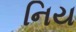
નિય